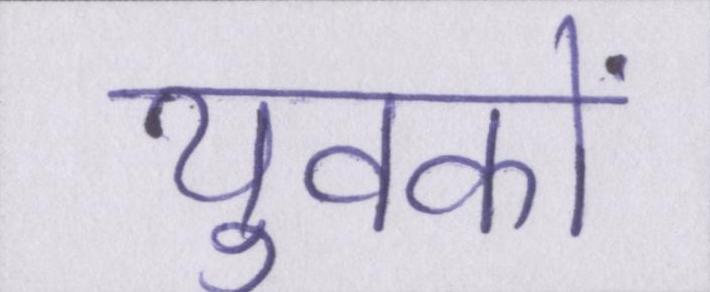
युवकों